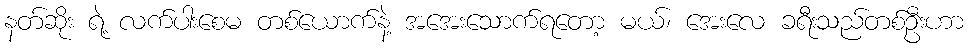
နတ်ဆိုး ရဲ့ လက်ပါးစေမ တစ်ယောက်နဲ့ အအေးသောက်ရတော့ မယ်၊ အေးလေ ခရီးသည်တစ်ဦးဟာ